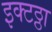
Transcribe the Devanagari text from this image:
इक्टठ्ठा